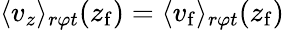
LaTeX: \langle v_{z}\rangle_{r\varphi t}(z_{\mathrm{f}})=\langle v_{\mathrm{f}}\rangle_{r\varphi t}(z_{\mathrm{f}})